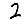
Digit: 2